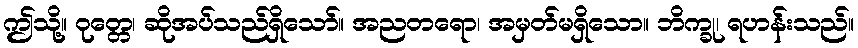
ဤသို့။ ဝုတ္တေ၊ ဆိုအပ်သည်ရှိသော်။ အညတရော၊ အမှတ်မရှိသော။ ဘိက္ခု၊ ရဟန်းသည်။